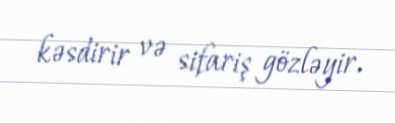
kəsdirir və sifariş gözləyir.